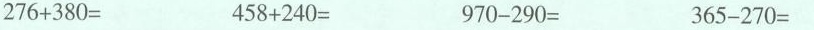
$$2 7 6 + 3 8 0 =$$ $$4 5 8 + 2 4 0 =$$ $$9 7 0 - 2 9 0 =$$ $$3 6 5 - 2 7 0 =$$